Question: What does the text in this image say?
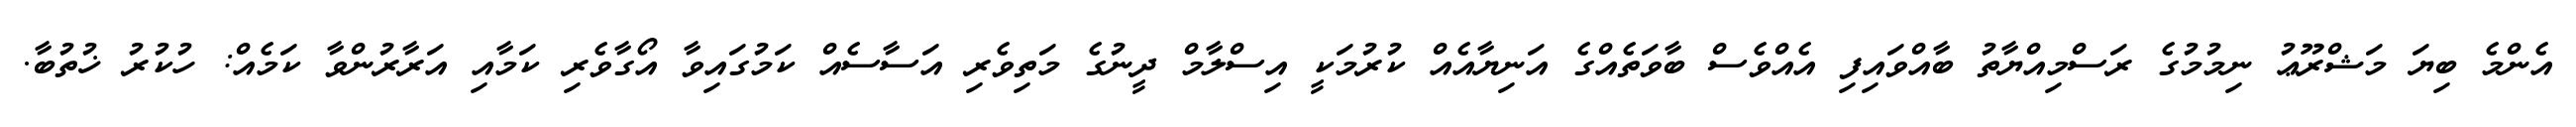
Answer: އެންމެ ބިޔަ މަޝްރޫޢު ނިމުމުގެ ރަސްމިއްޔާތު ބާއްވައިފި އެއްވެސް ބާވަތެއްގެ އަނިޔާއެއް ކުރުމަކީ އިސްލާމް ދީނުގެ މަތިވެރި އަސާސެއް ކަމުގައިވާ އޯގާވެރި ކަމާއި އަރާރުންވާ ކަމެއް: ހުކުރު ޚުތުބާ.